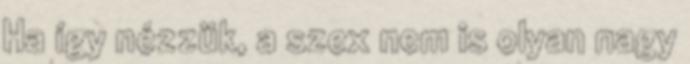
Ha így nézzük, a szex nem is olyan nagy